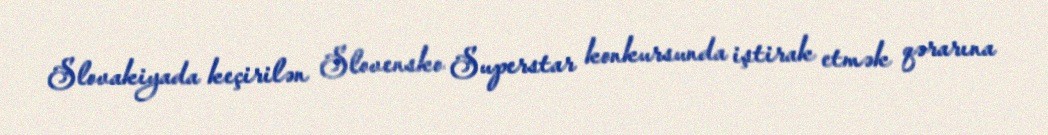
Slovakiyada keçirilən Slovensko Superstar konkursunda iştirak etmək qərarına